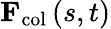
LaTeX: {\mathbf F}_{\mathrm{col}}\left(s,t\right)